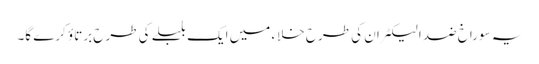
یہ سوراخ ضد الیکٹران کی طرح خلاء میں ایک بلبلے کی طرح برتاؤ کرے گا۔